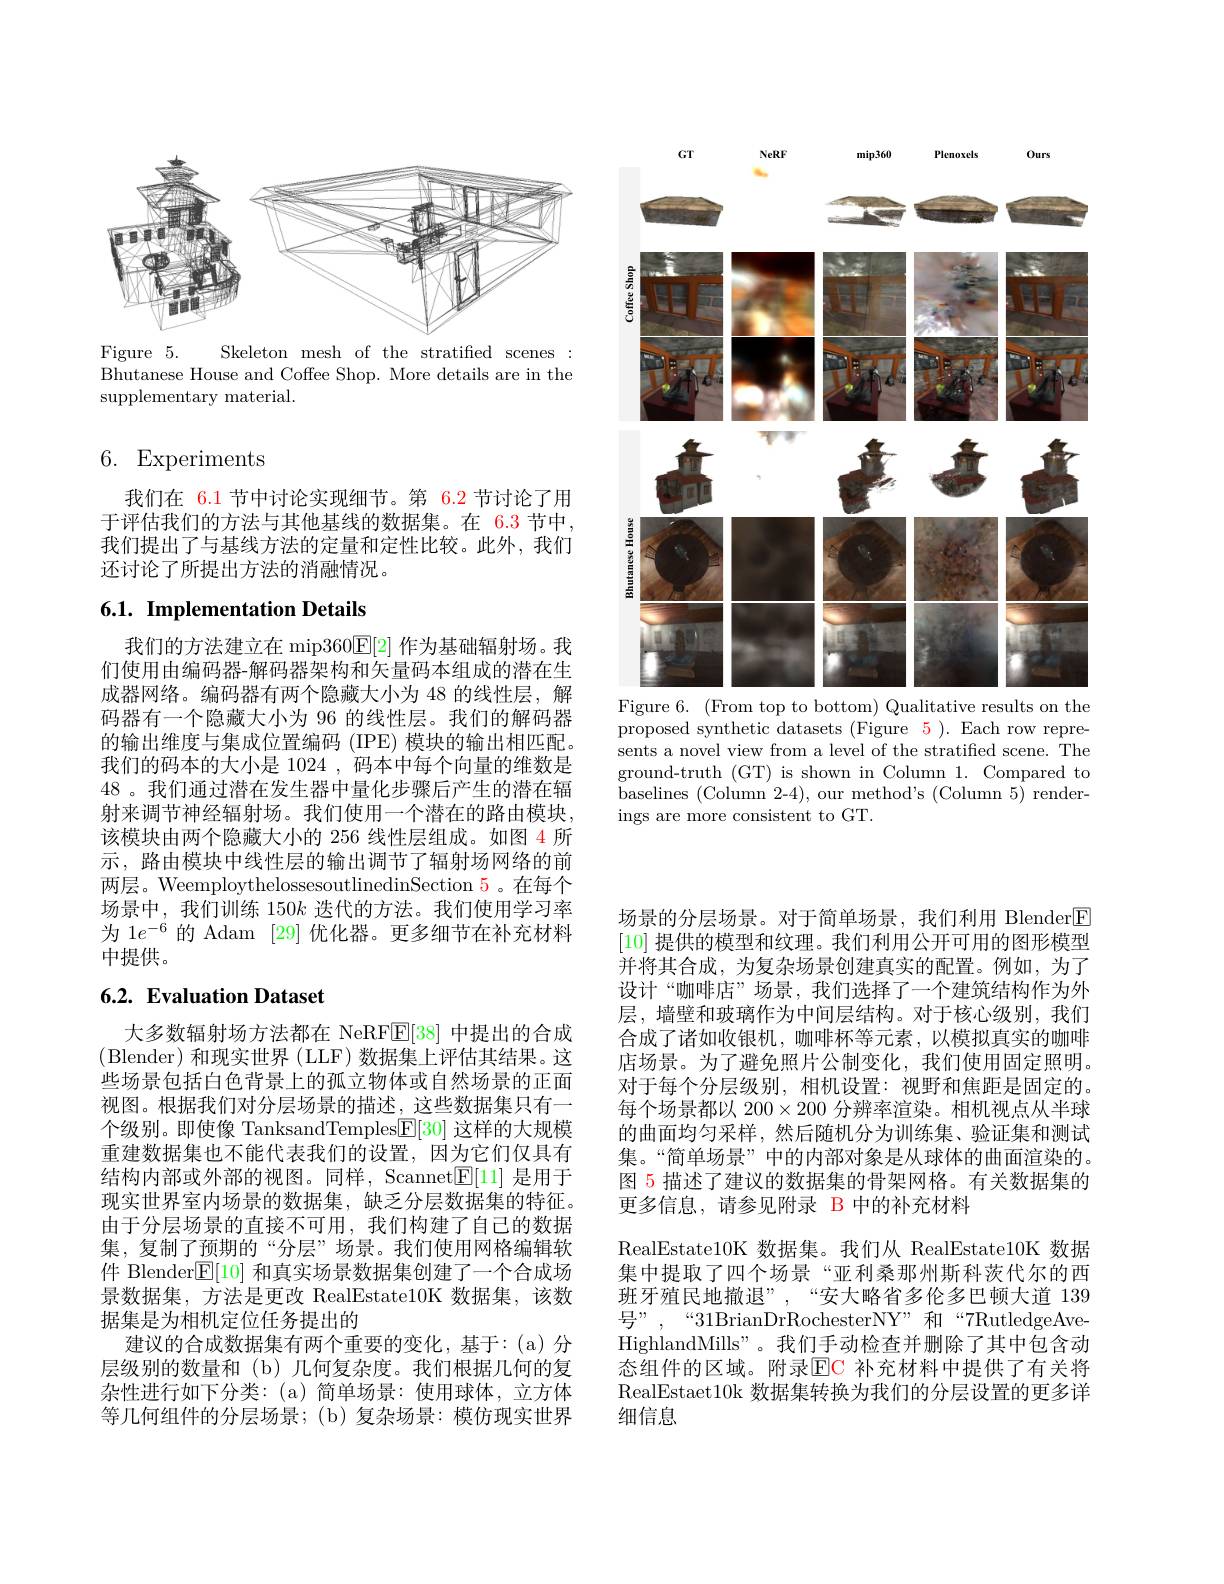
<FigureHere>

Figure 5.
Skeleton mesh of the stratified scenes:
Bhutanese House and Coffee Shop. More details are in the
supplementary material.

## 6. Experiments

我们在 6.1 节中讨论实现细节。第 6.2 节讨论了用于评估我们的方法与其他基线的数据集。在 6.3 节中我们提出了与基线方法的定量和定性比较。此外，我们还讨论了所提出方法的消融情况。

# 6.1. Implementation Details

我们的方法建立在 mip360$\mathbb{E}[2]$作为基础辐射场。我们使用由编码器-解码器架构和矢量码本组成的潜在生成器网络。编码器有两个隐藏大小为 48 的线性层，解码器有一个隐藏大小为 96 的线性层。我们的解码器的输出维度与集成位置编码 (IPE) 模块的输出相匹配。我们的码本的大小是 1024 , 码本中每个向量的维数是48。我们通过潜在发生器中量化步骤后产生的潜在辐射来调节神经辐射场。我们使用一个潜在的路由模块， 该模块由两个隐藏大小的 256 线性层组成。如图 4 所示，路由模块中线性层的输出调节了辐射场网络的前两层。WeemploythelossesoutlinedinSection 5。在每个场景中，我们训练 150$k$迭代的方法。我们使用学习率为 1$e^{-6}$的 Adam [29]优化器。更多细节在补充材料中提供。

# 6.2. Evaluation Dataset

大多数辐射场方法都在 NeRF$\overline{\mathbb{E}}[38]$中提出的合成(Blender)和现实世界 (LLF)数据集上评估其结果。这些场景包括白色背景上的孤立物体或自然场景的正面视图。根据我们对分层场景的描述，这些数据集只有一个级别。即使像 TanksandTemples$\underline{\mathrm{F}}[30]$这样的大规模重建数据集也不能代表我们的设置，因为它们仅具有结构内部或外部的视图。同样，Scannet$\mathbb{E}[11]$是用于现实世界室内场景的数据集，缺乏分层数据集的特征。由于分层场景的直接不可用，我们构建了自己的数据集，复制了预期的“分层”场景。我们使用网格编辑软件 Blender$\mathbb{E}[10]$和真实场景数据集创建了一个合成场景数据集，方法是更改 RealEstate10K 数据集，该数据集是为相机定位任务提出的
建议的合成数据集有两个重要的变化，基于：(a) 分层级别的数量和(b)几何复杂度。我们根据几何的复杂性进行如下分类：(a)简单场景：使用球体，立方体等几何组件的分层场景；(b)复杂场景：模仿现实世界

<FigureHere>
Figure 6. (From top to bottom) Qualitative results on the

proposed synthetic datasets (Figure 5). Each row represents a novel view from a level of the stratified scene. The ground-truth (GT) is shown in Column 1. Compared to baselines (Column 2-4), our method's (Column 5) renderings are more consistent to GT.

场景的分层场景。对于简单场景，我们利用 Blender$\boxed{\mathrm{F}}$ [10]提供的模型和纹理。我们利用公开可用的图形模型并将其合成，为复杂场景创建真实的配置。例如，为了设计“咖啡店”场景，我们选择了一个建筑结构作为外层，墙壁和玻璃作为中间层结构。对于核心级别，我们合成了诸如收银机，咖啡杯等元素，以模拟真实的咖啡店场景。为了避免照片公制变化，我们使用固定照明。对于每个分层级别，相机设置：视野和焦距是固定的。每个场景都以 200$\times200$分辨率渲染。相机视点从半球的曲面均匀采样，然后随机分为训练集、验证集和测试集。“简单场景”中的内部对象是从球体的曲面渲染的。图 5 描述了建议的数据集的骨架网格。有关数据集的更多信息，请参见附录 B 中的补充材料
RealEstate10K 数据集。我们从 RealEstate10K 数据集中提取了四个场景“亚利桑那州斯科茨代尔的西班牙殖民地撤退”,“安大略省多伦多巴顿大道 139号”,“31BrianDrRochesterNY”和“7RutledgeAve HighlandMills" 。我们手动检查并删除了其中包含动态组件的区域。附录$\color{red}{\mathrm{EC}}$ 补充材料中提供了有关将RealEstaet10k 数据集转换为我们的分层设置的更多详细信息